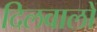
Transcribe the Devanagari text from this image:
दिलवालों